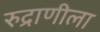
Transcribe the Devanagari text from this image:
रुद्राणीला